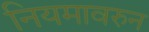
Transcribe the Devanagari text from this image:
नियमावरुन